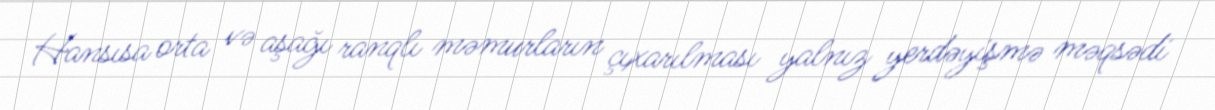
Hansısa orta və aşağı ranqlı məmurların çıxarılması yalnız yerdəyişmə məqsədi